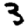
Digit: 3